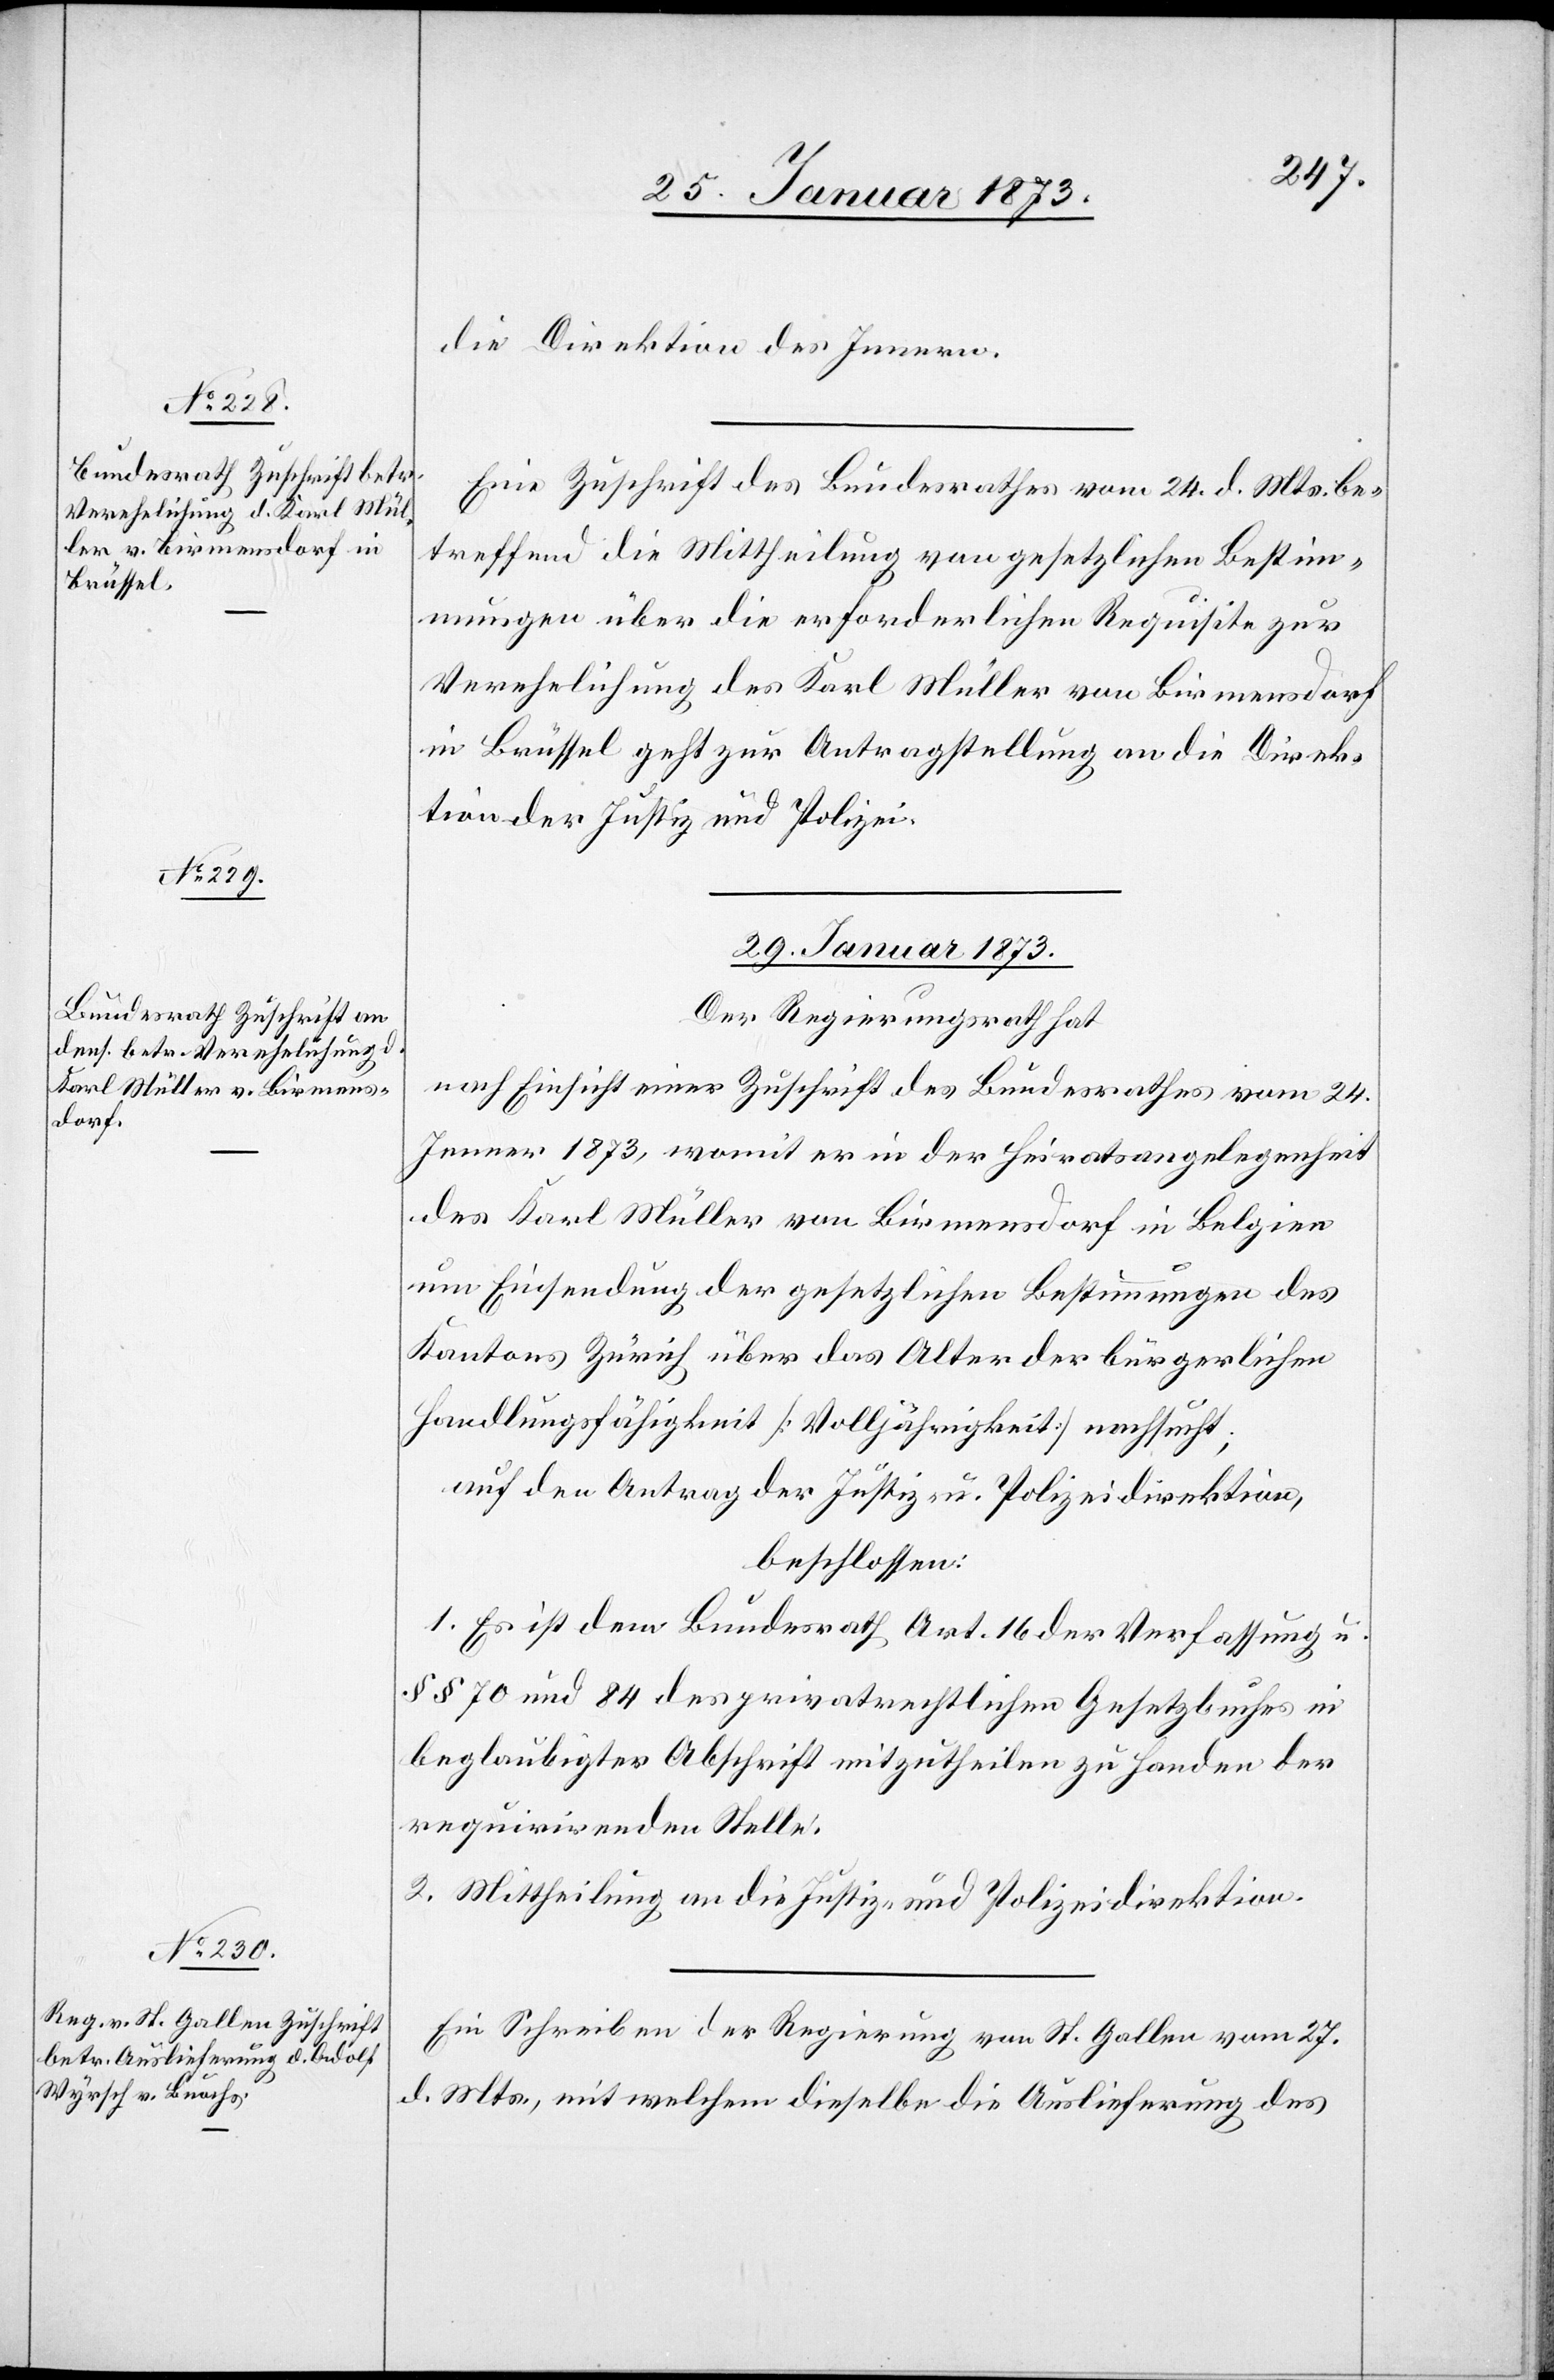
28. Januar 1873.]
die Direktion des Innern.
Eine Zuschrift des Bundesrathes vom 24. d. Mts. be¬
treffend die Mittheilung von gesetzlichen Bestim¬
mungen über die erforderlichen Requisite zur
Verehelichung des Karl Müller von Birmensdorf
in Brüssel geht zur Antragstellung an die Direk¬
tion der Justiz u. Polizei.
29. Januar 1873.]
Der Regierungsrath hat
nach Einsicht einer Zuschrift des Bundesrathes vom 24.
Jenner 1873, womit er in der Heiratsangelegenheit
des Karl Müller von Birmensdorf in Belgien
um Einsendung der gesetzlichen Bestimmungen des
Kantons Zürich über das Alter der bürgerlichen
Handlungsfähigkeit [Volljährigkeit] nachsucht;
auf den Antrag der Justiz- u. Polizeidirektion,
beschlossen:
1. Es ist dem Bundesrath Art. 16 der Verfassung u.
§ § 70 und 84 des privatrechtlichen Gesetzbuches in
beglaubigter Abschrift mitzutheilen zu Handen der
requirirenden Stelle.
2. Mittheilung an die Justiz- und Polizeidirektion.
Ein Schreiben der Regierung von St. Gallen vom 27.
d. Mts., mit welchem dieselbe die Auslieferung des